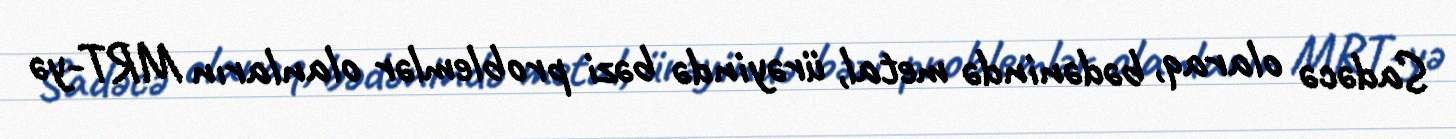
Sadəcə olaraq, bədənində metal, ürəyində bəzi problemlər olanların MRT-yə